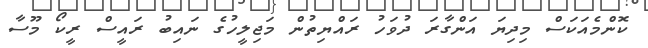
ކޮންމެއަކަސް މިދިޔަ އަންގާރަ ދުވަހު ރައްޔިތުން މަޖިލީހުގެ ނައިބު ރައީސް ރީކޯ މޫސާ